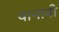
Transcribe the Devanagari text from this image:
वानाबी